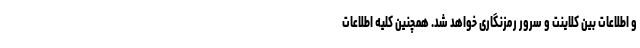
و اطلاعات بین کلاینت و سرور رمزنگاری خواهد شد. همچنین کلیه اطلاعات